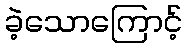
ခဲ့သောကြောင့်